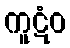
ကူဋံဝ